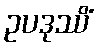
ဥပဒုဿိံ